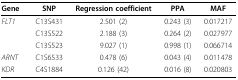
<table><thead><tr><td><b>Gene</b></td><td><b>SNP</b></td><td><b>Regression coefficient</b></td><td><b>PPA</b></td><td><b>MAF</b></td></tr></thead><tbody><tr><td><i>FLT1</i></td><td>C13S431</td><td>2.501 (2)</td><td>0.243 (3)</td><td>0.017217</td></tr><tr><td></td><td>C13S522</td><td>2.188 (3)</td><td>0.264 (2)</td><td>0.027977</td></tr><tr><td></td><td>C13S523</td><td>9.027 (1)</td><td>0.998 (1)</td><td>0.066714</td></tr><tr><td><i>ARNT</i></td><td>C1S6533</td><td>0.478 (6)</td><td>0.043 (4)</td><td>0.011478</td></tr><tr><td><i>KDR</i></td><td>C4S1884</td><td>0.126 (42)</td><td>0.016 (8)</td><td>0.020803</td></tr></tbody></table>